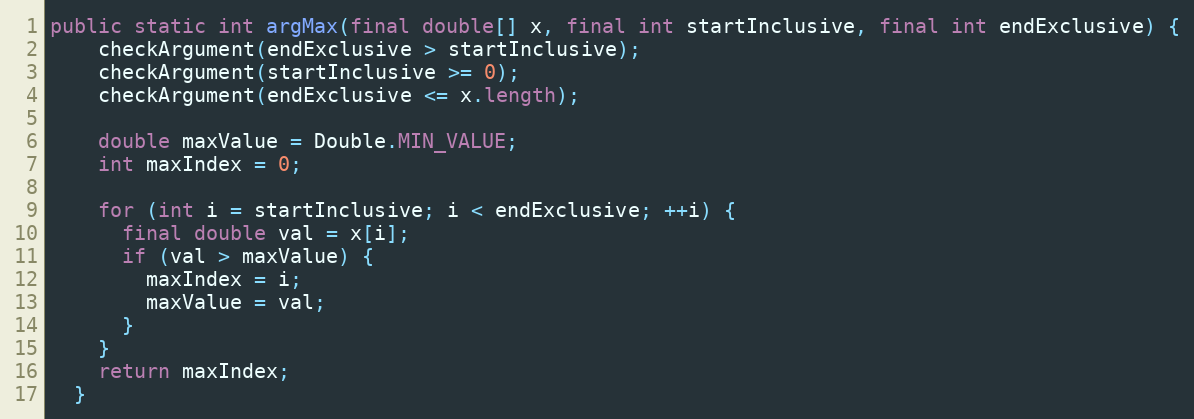
Language: Java
public static int argMax(final double[] x, final int startInclusive, final int endExclusive) {
    checkArgument(endExclusive > startInclusive);
    checkArgument(startInclusive >= 0);
    checkArgument(endExclusive <= x.length);

    double maxValue = Double.MIN_VALUE;
    int maxIndex = 0;

    for (int i = startInclusive; i < endExclusive; ++i) {
      final double val = x[i];
      if (val > maxValue) {
        maxIndex = i;
        maxValue = val;
      }
    }
    return maxIndex;
  }